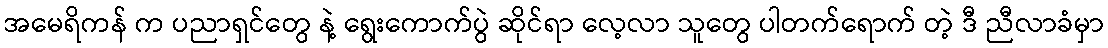
အမေရိကန် က ပညာရှင်တွေ နဲ့ ရွေးကောက်ပွဲ ဆိုင်ရာ လေ့လာ သူတွေ ပါတက်ရောက် တဲ့ ဒီ ညီလာခံမှာ